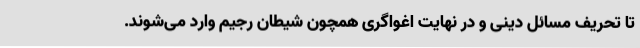
تا تحریف مسائل دینی و در نهایت اغواگری همچون شیطان رجیم وارد می‌شوند.